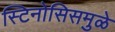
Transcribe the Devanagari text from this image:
स्टिनोसिसमुळे